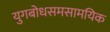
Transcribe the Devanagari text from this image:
युगबोधसमसामयिक